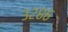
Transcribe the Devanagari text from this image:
३२८६